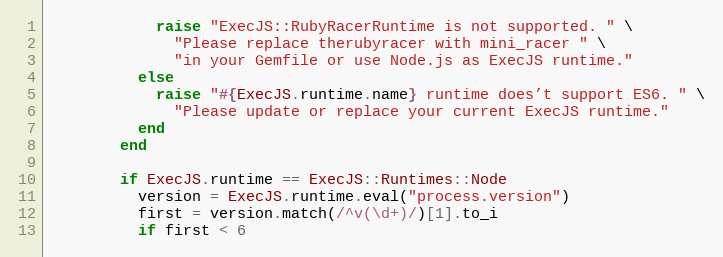
Language: Ruby
            raise "ExecJS::RubyRacerRuntime is not supported. " \
              "Please replace therubyracer with mini_racer " \
              "in your Gemfile or use Node.js as ExecJS runtime."
          else
            raise "#{ExecJS.runtime.name} runtime does’t support ES6. " \
              "Please update or replace your current ExecJS runtime."
          end
        end

        if ExecJS.runtime == ExecJS::Runtimes::Node
          version = ExecJS.runtime.eval("process.version")
          first = version.match(/^v(\d+)/)[1].to_i
          if first < 6